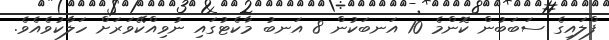
ފްލައިގެ ސަބަބުން ކޮންމެ 10 އަނބަކުން 8 އަނބު މާކެޓުގައި ނުވިއްކޭވަރަށް ހަލާކުވެއެވެ.